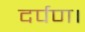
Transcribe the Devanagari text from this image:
दर्पण।